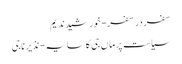
سفر در سفر- خورشید ندیم
سیاست پر ماں جی کا سایہ- نذیر ناجی